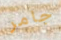
جامر